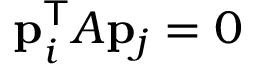
\mathbf { p } _ { i } ^ { \mathsf { T } } A \mathbf { p } _ { j } = 0